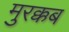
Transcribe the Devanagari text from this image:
मुरक्कब